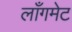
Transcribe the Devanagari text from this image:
लाँगमेट